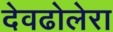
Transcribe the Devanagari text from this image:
देवढोलेरा